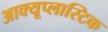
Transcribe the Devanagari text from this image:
आक्यूप्लास्टिक